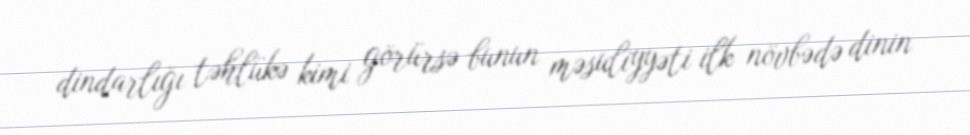
dindarlığı təhlükə kimi görürsə bunun məsuliyyəti ilk növbədə dinin